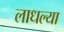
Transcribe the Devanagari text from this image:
लाधल्या